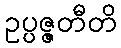
ဥပ္ပဇ္ဇတီတိ